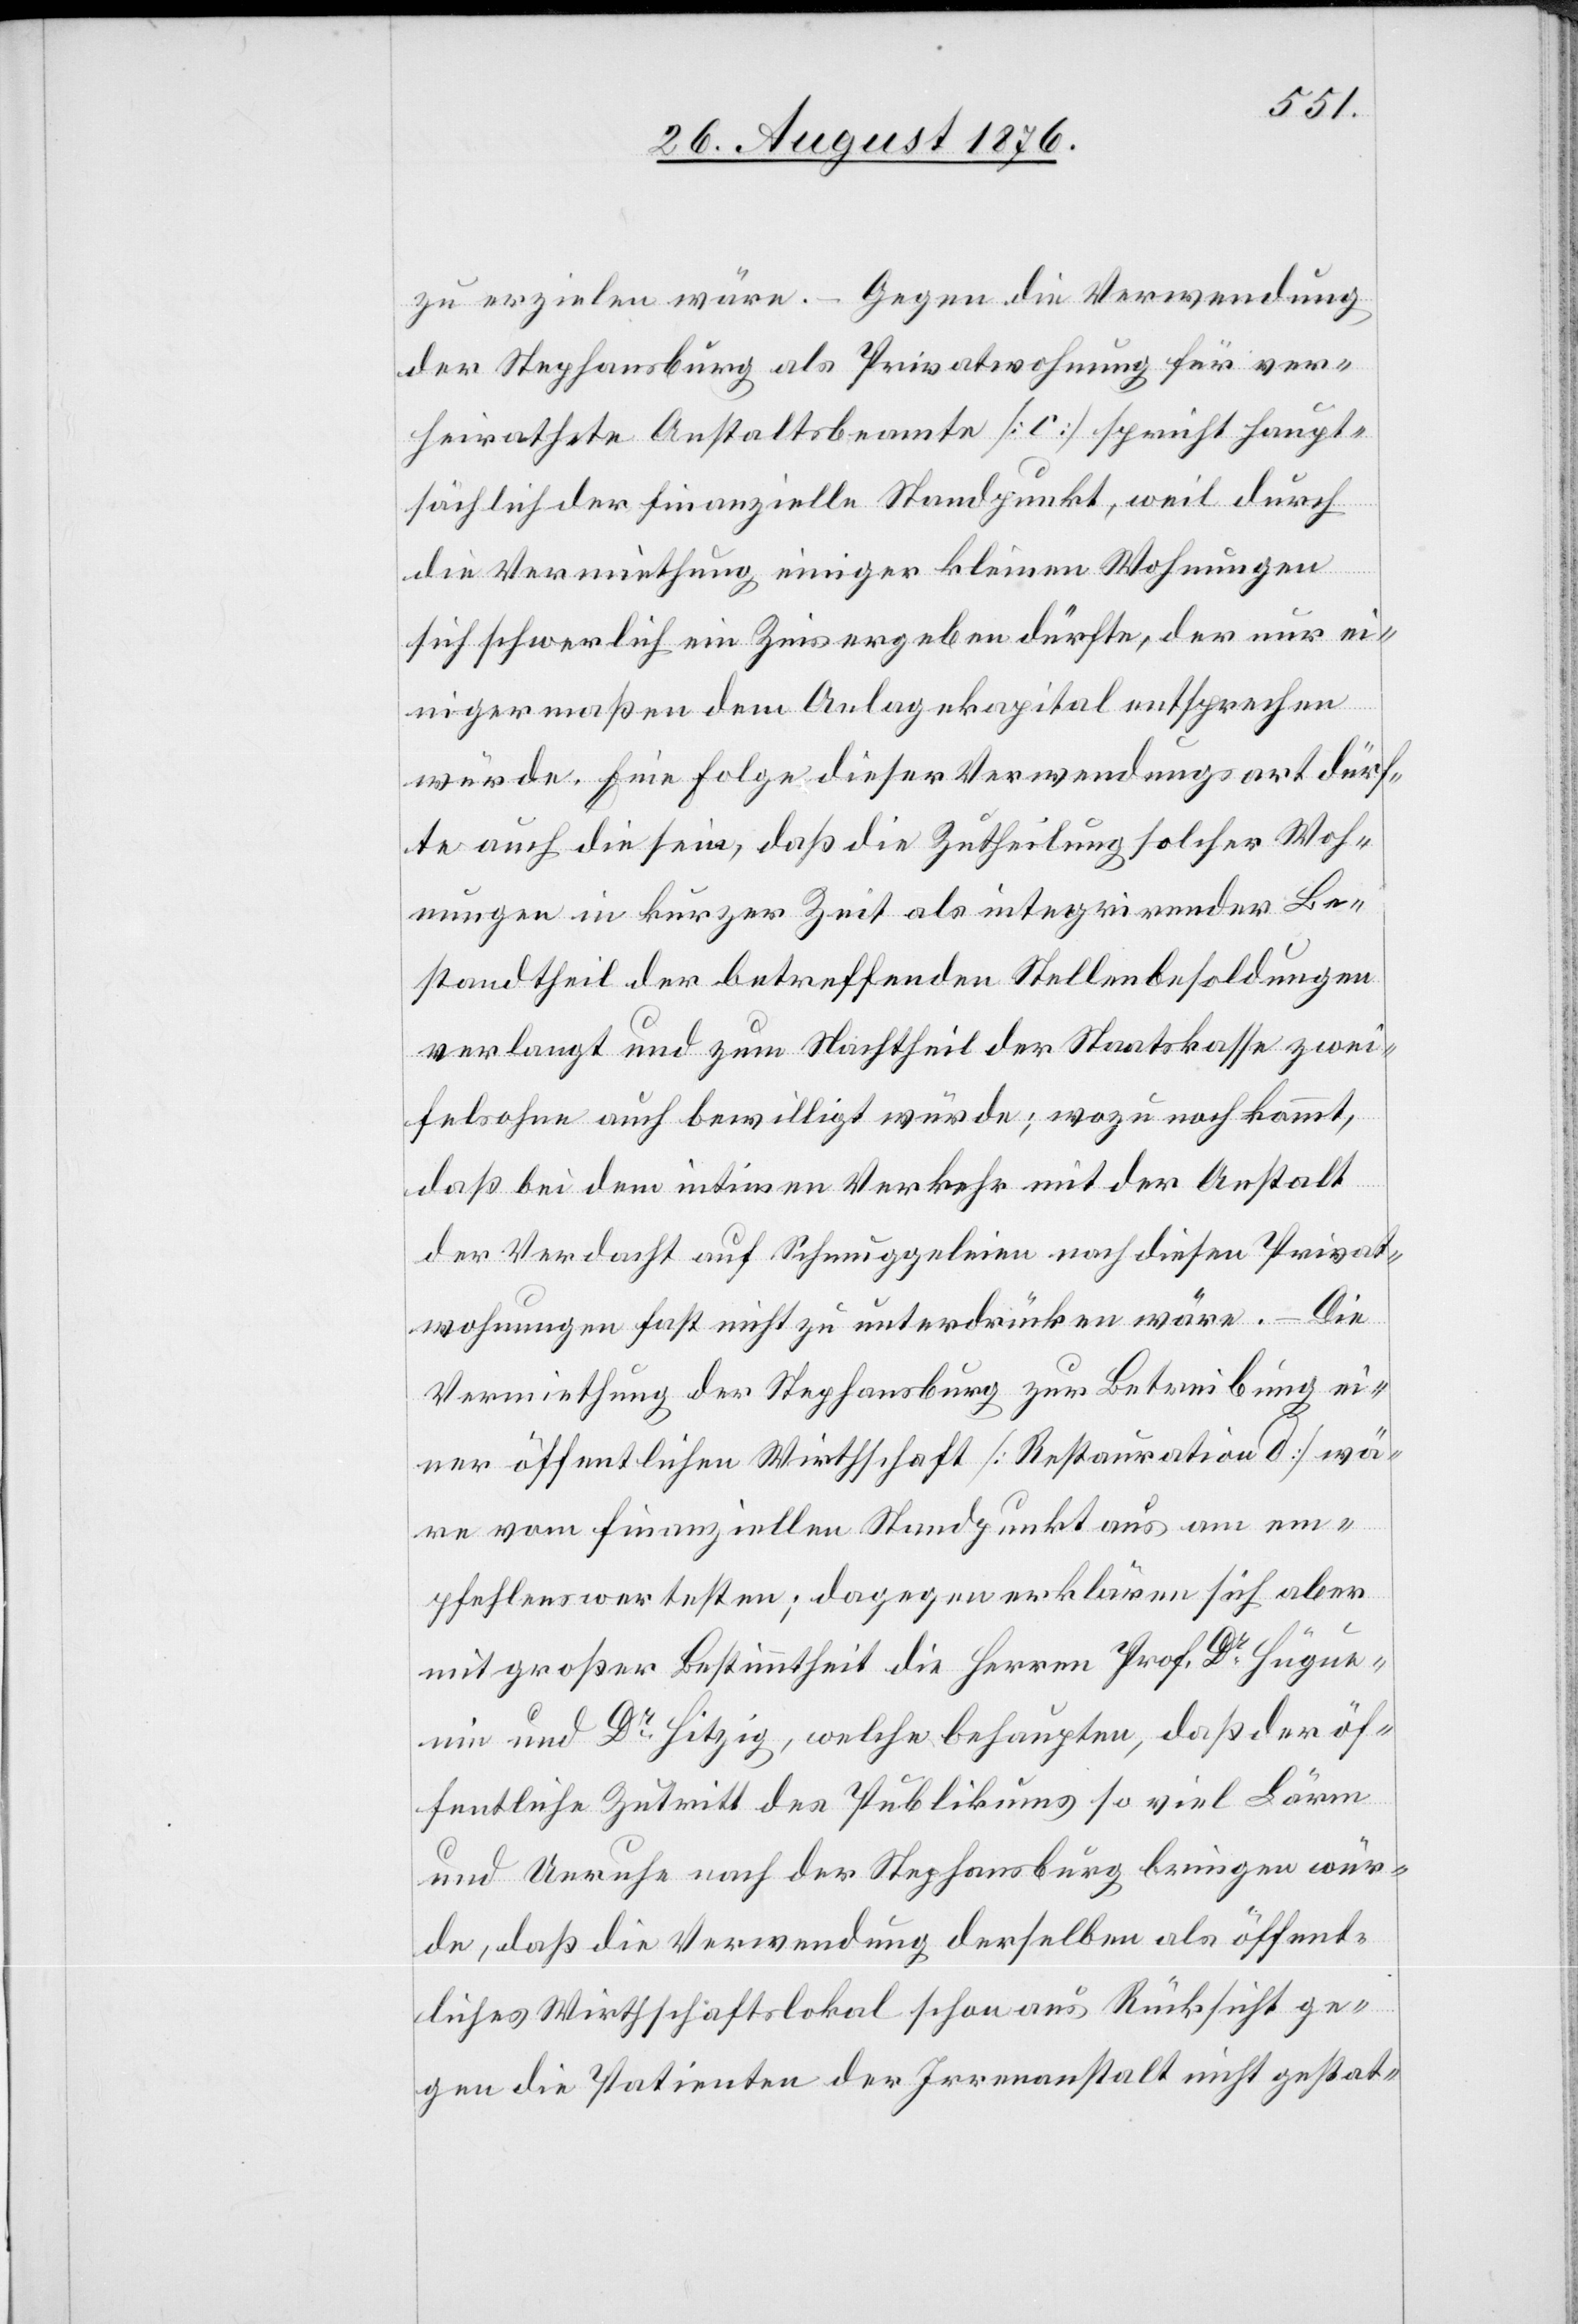
zu erzielen wäre. – Gegen die Verwendung
der Stephansburg als Privatwohnung für ver¬
heirathete Anstaltsbeamte [c] spricht haupt¬
sächlich der finanzielle Standpunkt, weil durch
die Vermiethung einiger kleinen Wohnungen
sich schwerlich ein Zins ergeben dürfte, der nur ei¬
nigermaßen dem Anlagekapital entsprechen
würde. eine Folge dieser Verwendungsart dürf¬
te auch die sein, daß die Zutheilung solcher Woh¬
nungen in kurzer Zeit als integrirender Be¬
standtheil der betreffenden Stellenbesoldungen
verlangt und zum Nachtheil der Staatskasse zwei¬
felsohne auch bewilligt würde; wozu noch kommt,
daß bei dem intimen Verkehr mit der Anstalt
der Verdacht auf Schmuggeleien nach diesen Privat¬
wohnungen fast nicht zu unterdrücken wäre. – Die
Vermiethung der Stephansburg zur Betreibung ei¬
ner öffentlichen Wirthschaft [Restauration d] wä¬
re vom finanziellen Standpunkt aus am em¬
pfehlenswertesten; dagegen erklären sich aber
mit großer Bestimmtheit die Herren Prof. Dr Hügue¬
nin und Dr Hitzig, welche behauten, daß der öf¬
fentliche Zutritt des Publikums so viel Lärm
und Unruhe nach der Stephansburg bringen wür¬
de, daß die Verwendung derselben als öffent¬
liches Wirthschaftslokal schon aus Rücksicht ge¬
gen die Patienten der Irrenanstalt nicht gestat-